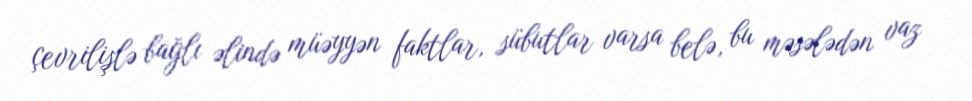
çevrilişlə bağlı əlində müəyyən faktlar, sübutlar varsa belə, bu məsələdən vaz